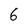
Character: 6